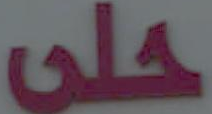
حلى